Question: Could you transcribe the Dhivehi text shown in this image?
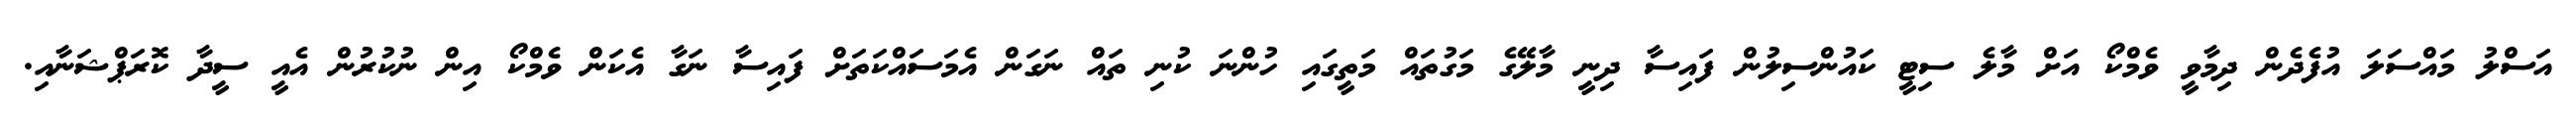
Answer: އަސްލު މައްސަލަ އުފެދެން ދިމާވީ ވެމްކޯ އަށް މާލެ ސިޓީ ކައުންސިލުން ފައިސާ ދިނީ މާލޭގެ މަގުތައް މަތީގައި ހުންނަ ކުނި ތައް ނަގަން އެމަސައްކަތަށް ފައިސާ ނަގާ އެކަން ވެމްކޯ އިން ނުކުރުން އެއީ ސީދާ ކޮރަޕްޝަނާއި.